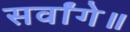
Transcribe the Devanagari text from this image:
सर्वांगे॥